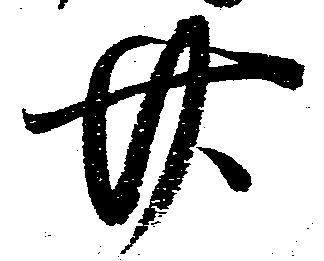
廿